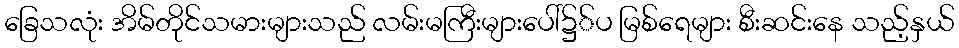
ခြေသလုံး အိမ်တိုင်သမားများသည် လမ်းမကြီးများပေါ်၌်ပ မြစ်ရေများ စီးဆင်းနေ သည့်နှယ်